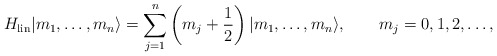
\begin{align*}H_{\rm lin}|m_1,\ldots, m_n\rangle = \sum_{j=1}^n \left(m_j + {1\over 2}\right)|m_1,\ldots, m_n\rangle,\qquad m_j=0,1,2,\ldots,\end{align*}